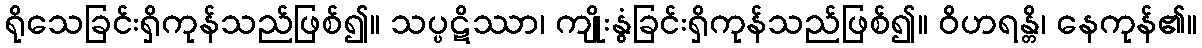
ရိုသေခြင်းရှိကုန်သည်ဖြစ်၍။ သပ္ပဋိဿာ၊ ကျိုးနွံခြင်းရှိကုန်သည်ဖြစ်၍။ ဝိဟရန္တိ၊ နေကုန်၏။